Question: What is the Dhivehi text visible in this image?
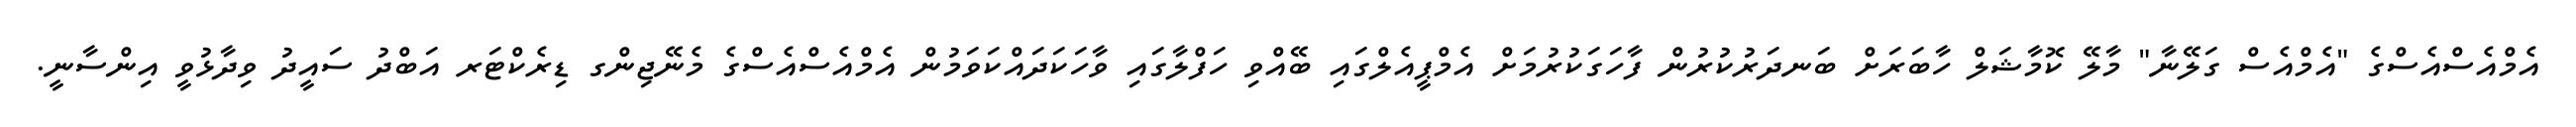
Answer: އެމްއެސްއެސްގެ "އެމްއެސް ގަލޭނާ" މާލޭ ކޮމާޝަލް ހާބަރަށް ބަނދަރުކުރުން ފާހަގަކުރުމަށް އެމްޕީއެލްގައި ބޭއްވި ހަފްލާގައި ވާހަކަދައްކަވަމުން އެމްއެސްއެސްގެ މެނޭޖިންގ ޑިރެކްޓަރ އަބްދު ސައީދު ވިދާޅުވީ އިންސާނީ.